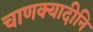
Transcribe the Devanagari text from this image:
चाणक्यादीनि